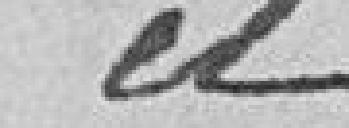
et